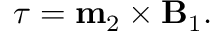
{ \boldsymbol { \tau } } = \mathbf { m } _ { 2 } \times \mathbf { B } _ { 1 } .